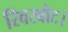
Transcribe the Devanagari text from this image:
रिवरबोट।